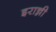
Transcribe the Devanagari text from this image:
इरान्नी